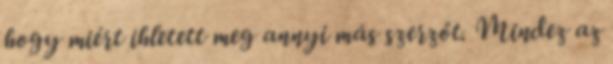
hogy miért ihletett meg annyi más szerzőt. Mindez az